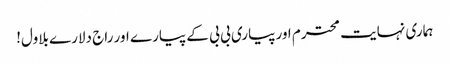
ہماری نہایت محترم اور پیاری بی بی کے پیارے اور راج دلارے بلاول!